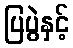
ပြပွဲနှင့်